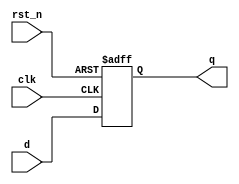
module d_flip_flop (
    input wire clk,         // Clock signal
    input wire rst_n,      // Active-low asynchronous reset
    input wire d,          // Data input
    output reg q           // Data output
);

// Always block sensitive to the negative edge of the clock
always @(negedge clk or negedge rst_n) begin
    if (!rst_n) begin
        // Asynchronous reset
        q <= 1'b0; // Reset output to 0
    end else begin
        // On falling edge of the clock, capture the data input
        q <= d; // Non-blocking assignment for sequential logic
    end
end

endmodule